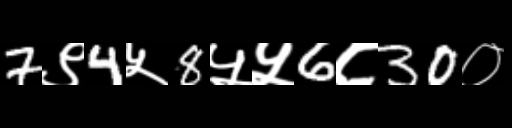
Text: 7९4५8५५6८30०